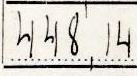
448,14